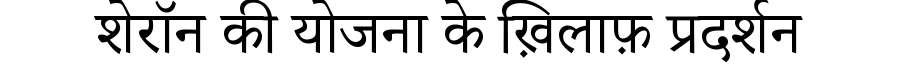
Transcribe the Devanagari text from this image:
शेरॉन की योजना के ख़िलाफ़ प्रदर्शन